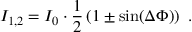
I _ { 1 , 2 } = I _ { 0 } \cdot \frac { 1 } { 2 } \left( 1 \pm \sin ( \Delta \Phi ) \right) ~ .